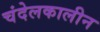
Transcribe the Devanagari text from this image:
चंदेलकालीन